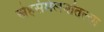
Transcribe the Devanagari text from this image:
स्नेहसंमेलनांतल्या